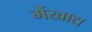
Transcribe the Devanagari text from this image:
मेंखाद्य